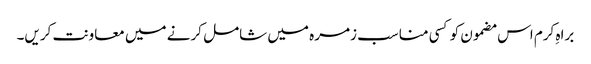
براہِ کرم اس مضمون کو کسی مناسب زمرہ میں شامل کرنے میں معاونت کریں۔